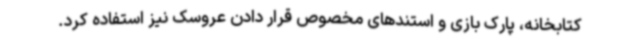
کتابخانه، پارک بازی و استندهای مخصوص قرار دادن عروسک نیز استفاده کرد.